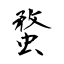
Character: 蝥